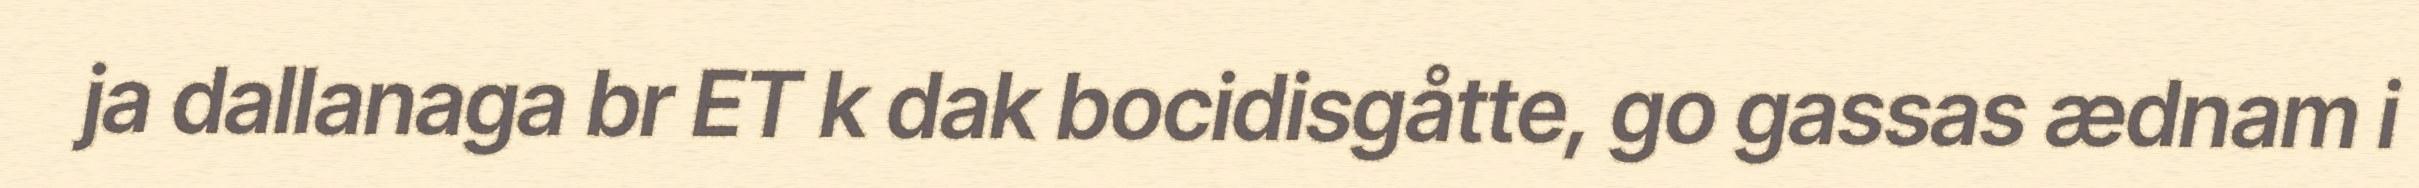
ja dallanaga br ET k dak bocidisgåtte, go gassas ædnam i